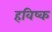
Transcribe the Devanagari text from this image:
हविष्क